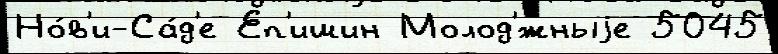
Но́в'и-Са́д'е Еп'ишин Молод'́жныjе 5045